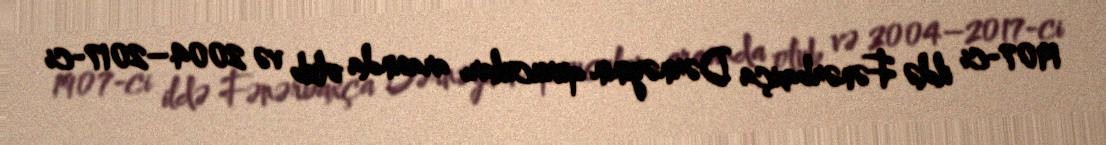
1907-ci ildə Fənərbaxça Dərnəyinin qurucuları arasında olub və 2004–2017-ci